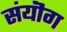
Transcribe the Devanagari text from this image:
संयॊग